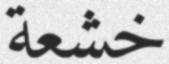
خشعة